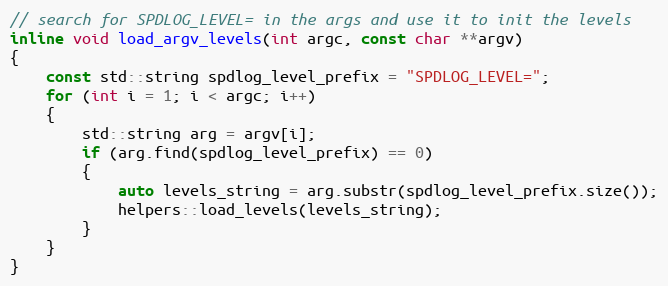
Language: C
// search for SPDLOG_LEVEL= in the args and use it to init the levels
inline void load_argv_levels(int argc, const char **argv)
{
    const std::string spdlog_level_prefix = "SPDLOG_LEVEL=";
    for (int i = 1; i < argc; i++)
    {
        std::string arg = argv[i];
        if (arg.find(spdlog_level_prefix) == 0)
        {
            auto levels_string = arg.substr(spdlog_level_prefix.size());
            helpers::load_levels(levels_string);
        }
    }
}